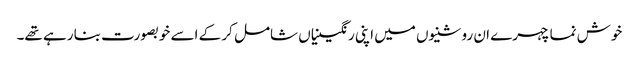
خوش نما چہرے ان روشنیوں میں اپنی رنگینیاں شامل کر کے اسے خوبصورت بنا رہے تھے۔